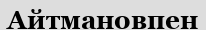
Айтмановпен